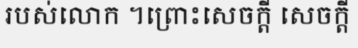
របស់លោក ។ព្រោះសេចក្តី សេចក្តី